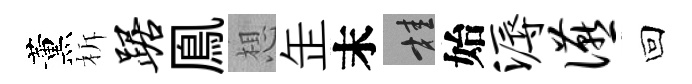
薰柝踞鳯想𦈢末桂始溽宴回